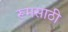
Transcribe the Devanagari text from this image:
रूमसाठी